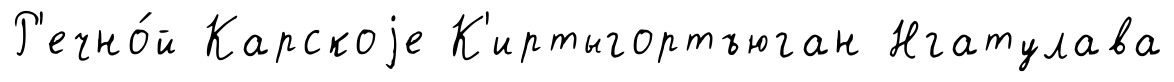
Р'ечно́й Карскоjе К'иртыгортъюган Нгатулава